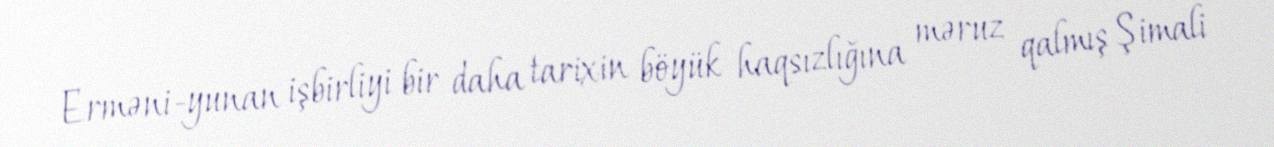
Erməni-yunan işbirliyi bir daha tarixin böyük haqsızlığına məruz qalmış Şimali